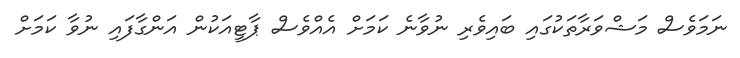
ނަމަވެސް މަޝްވަރާތަކުގައި ބައިވެރި ނުވާނެ ކަމަށް އެއްވެސް ޕާޓީއަކުން އަންގާފައި ނުވާ ކަމަށް